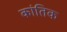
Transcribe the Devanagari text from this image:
कांतिक